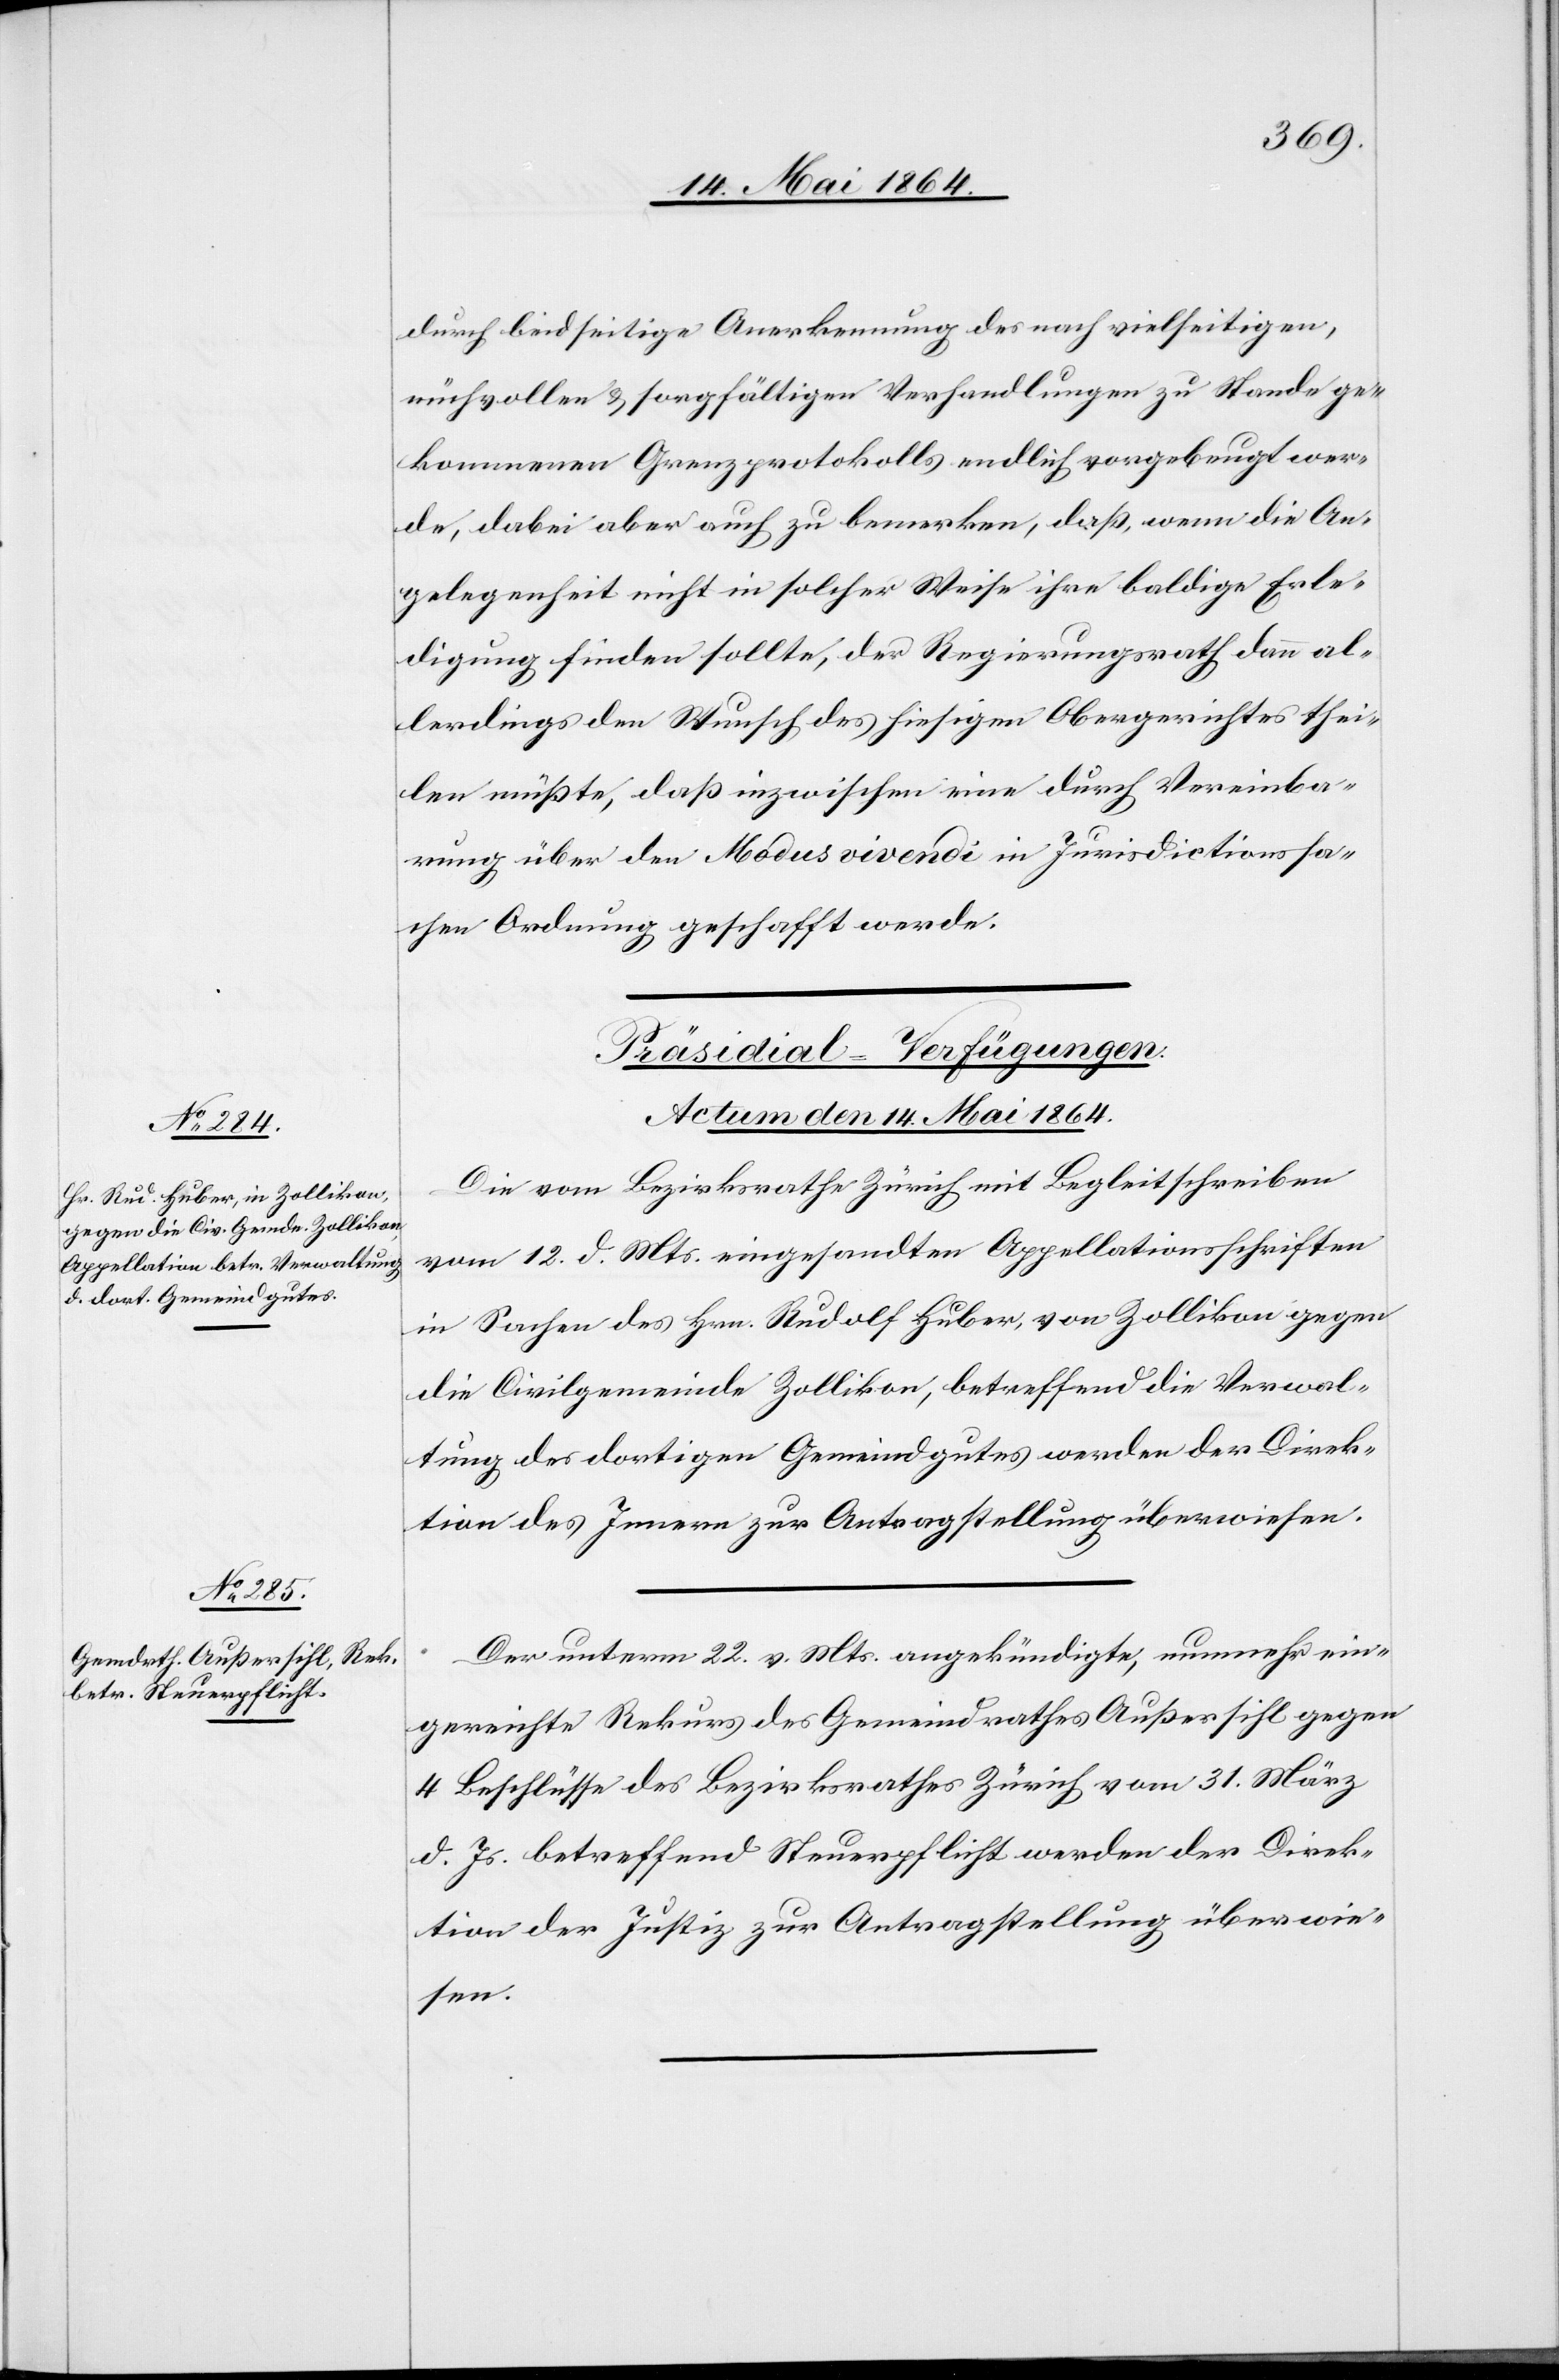
durch beidseitige Anerkennung des nach vielseitigen,
mühvollen u. sorgfältigen Verhandlungen zu Stande ge¬
kommenen Grenzprotokolls endlich vorgebeugt wer¬
de, dabei aber auch zu bemerken, daß, wenn die An¬
gelegenheit nicht in solcher Weise ihre baldige Erle¬
digung finden sollte, der Regierungsrath dann al¬
lerdings den Wunsch des hiesigen Obergerichtes thei¬
len müßte, daß inzwischen eine durch Vereinba¬
rung über den Modus vivendi in Jurisdictionssa¬
chen Ordnung geschafft werde.
[Präsidial-Verfügungen.
Actum den 14. Mai 1864.]
Die vom Bezirksrathe Zürich mit Begleitschreiben
vom 12. d. Mts. eingesandten Appellationsschriften
in Sachen des Hrn. Rudolf Huber, von Zollikon gegen
die Civilgemeinde Zollikon, betreffend die Verwal¬
tung des dortigen Gemeindgutes werden der Direk¬
tion des Innern zur Antragstellung überwiesen.
Der unterm 22. v. Mts. angekündigte, nunmehr ein¬
gereichte Rekurs des Gemeindrathes Außersihl gegen
4 Beschlüsse des Bezirksrathes Zürich vom 31. März
d. Js. betreffend Steuerpflicht werden der Direk¬
tion der Justiz zur Antragstellung überwie¬
sen.